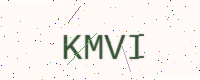
Text: KMVI